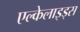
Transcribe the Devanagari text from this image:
एल्केलाइड्स